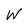
Character: W